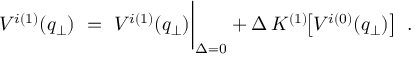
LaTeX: V ^ { i ( 1 ) } ( q _ { \perp } ) \ = \ V ^ { i ( 1 ) } ( q _ { \perp } ) \bigg | _ { \Delta = 0 } + \Delta \, K ^ { ( 1 ) } \! \! \left[ V ^ { i ( 0 ) } ( q _ { \perp } ) \right] \ .